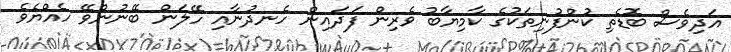
އަދިވެސް ބޮޑެތި ކުންފުނިތަކުގެ ކާމިޔާބު ވެރިން ފަދައިން ހެނދުނާއި ހޭލަން ބޭނުންވޭ ހެއްޔެވެ